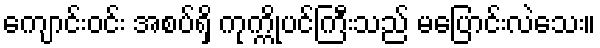
ကျောင်းဝင်း အစပ်ရှိ ကုက္ကိုပင်ကြီးသည် မပြောင်းလဲသေး။